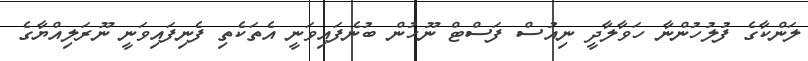
ލަންކާގެ ފުލުހުންނާ ހަވާލާދީ ނިއުސް ފަސްޓް ނޫހުން ބުނެފައިވަނީ އެތަކެތި ފެނިފައިވަނީ ނޫރަލިއްޔާގެ